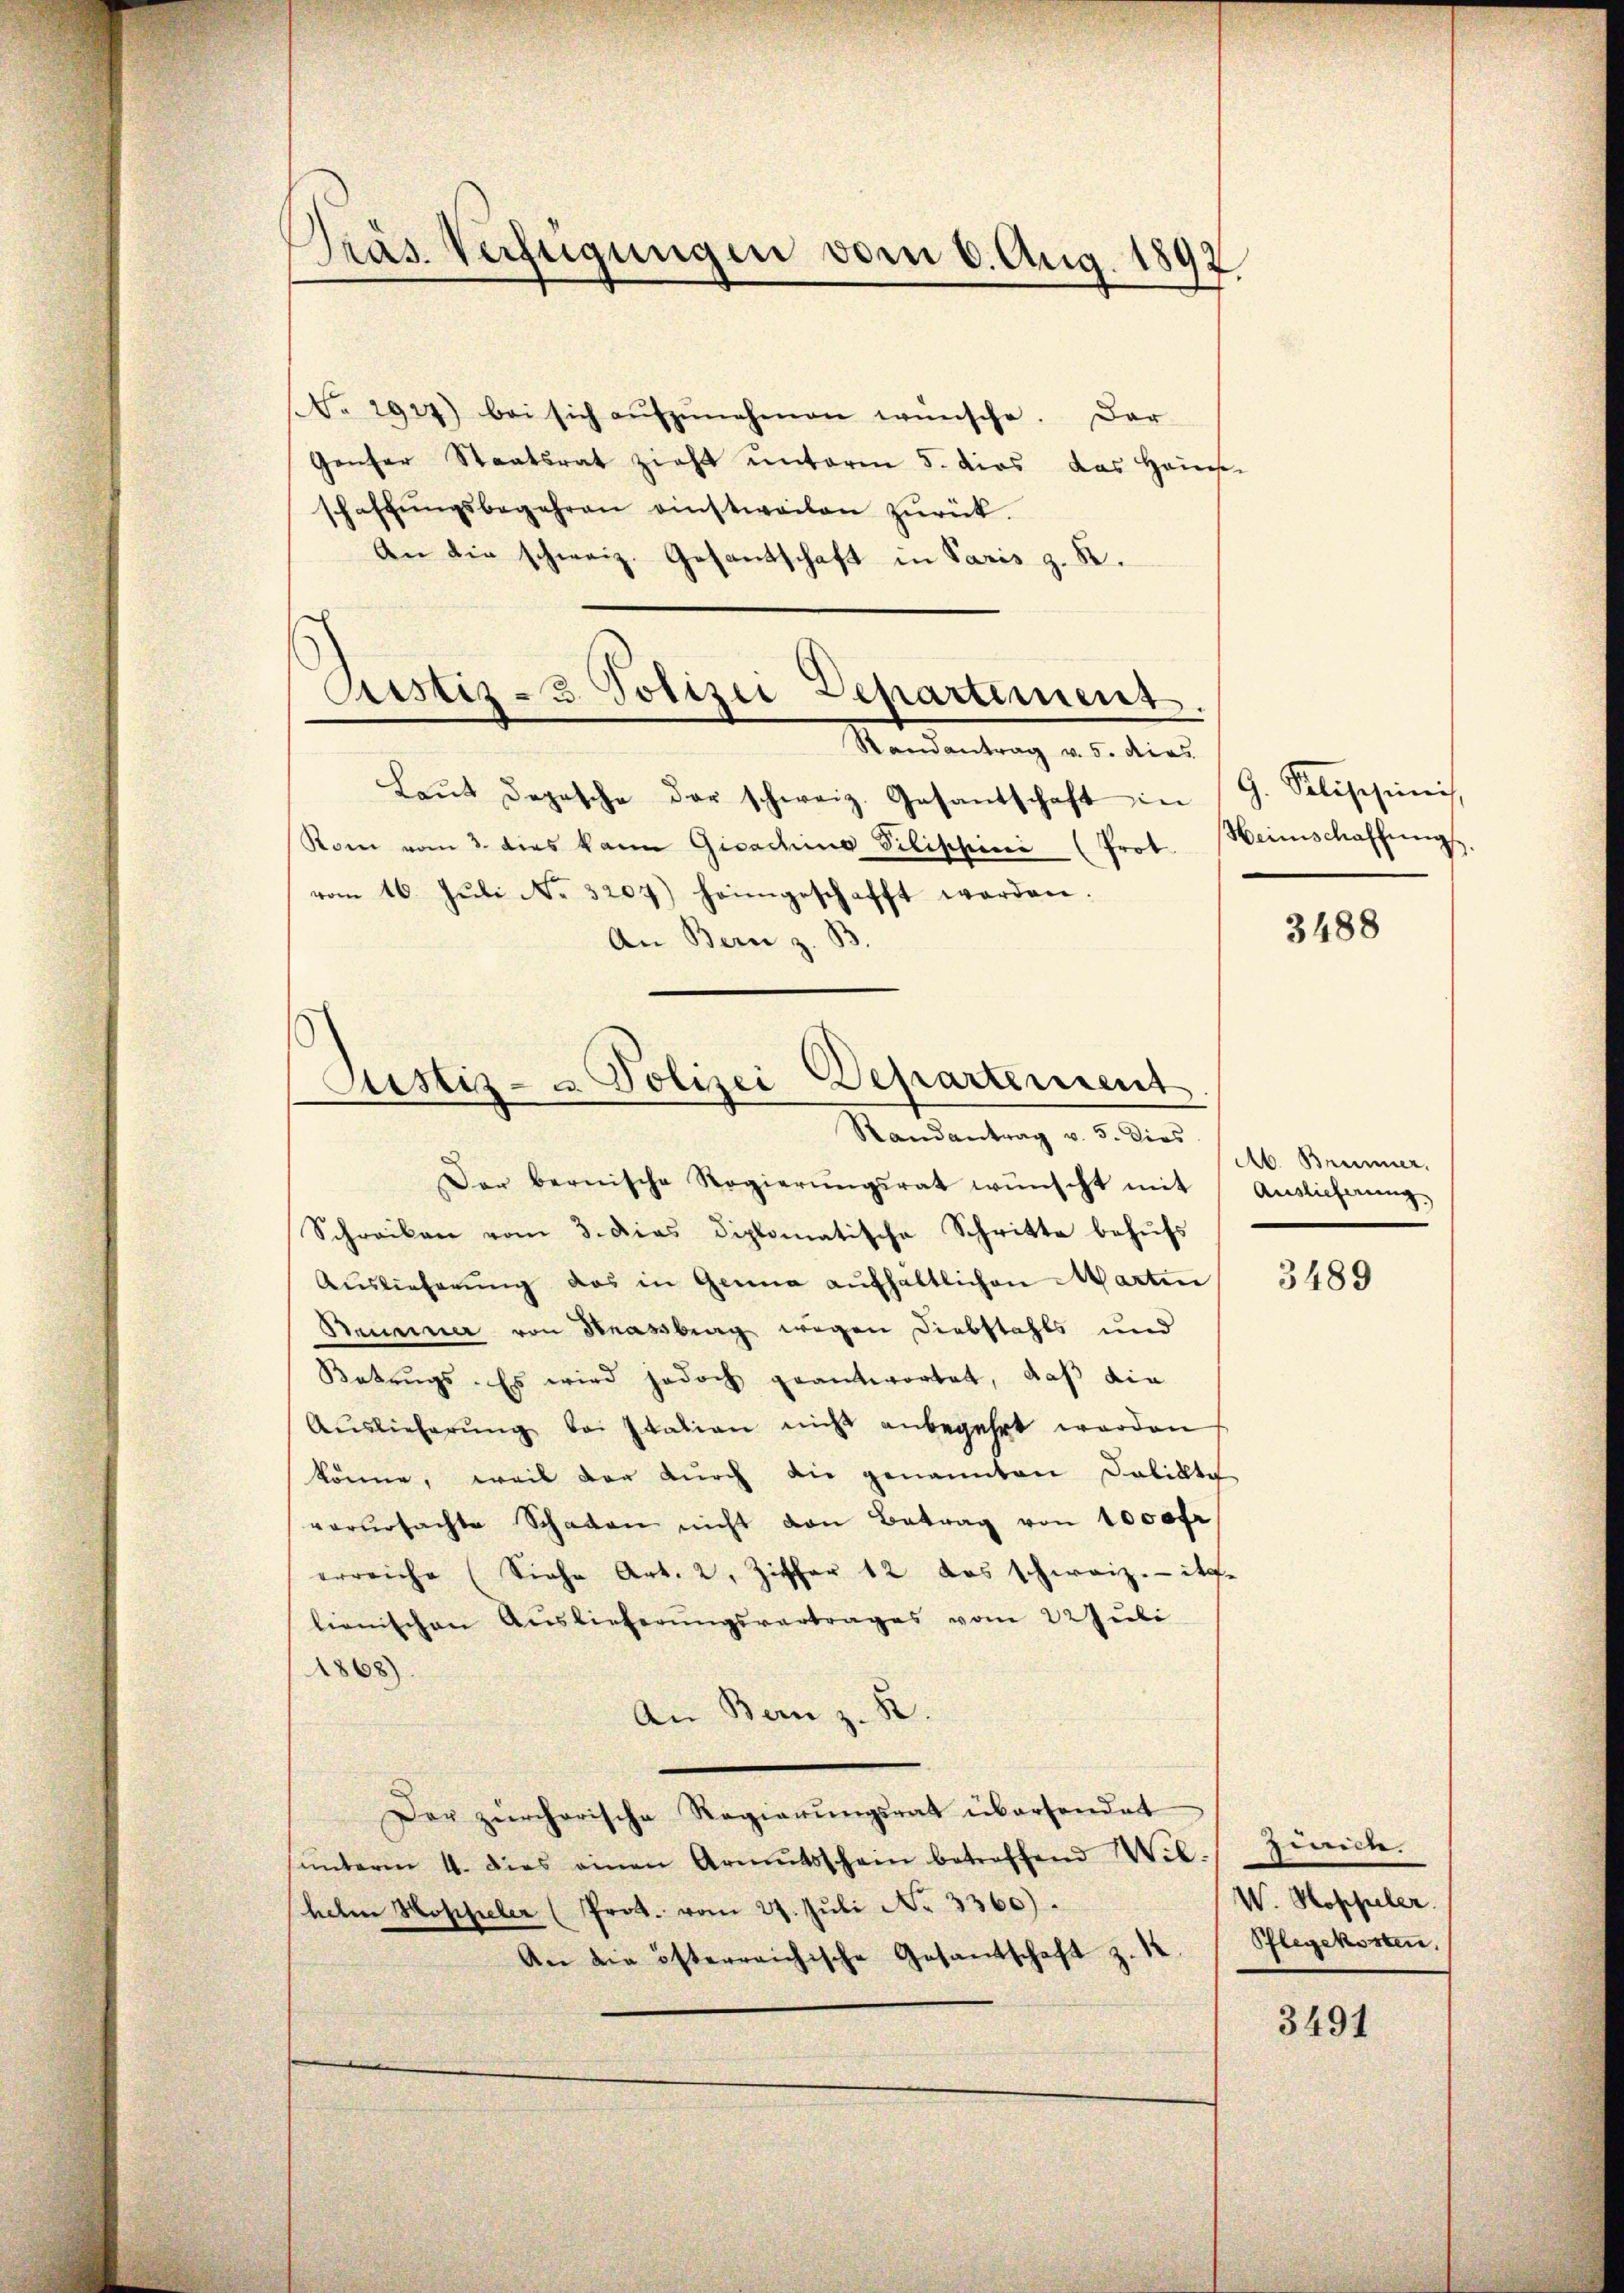
Präs. Verfügungen vom 6. Aug. 1892

NNo. 2927) bei sich aŭfzŭnehmen wünsche. Dar
Genser Staatsrat zieht unterm 5. dies das Hause
schaffŭngsbegehren einstweilen zŭrück.
An die schweiz. Gesantschaft in Paris z. B.

Cristiz-3 Polizei Departement.
Randantrag v. 5. dies

Laŭt depesche der schweiz. Gesantschaft in
Rom vom 3. dies kann Gisachino Vilischini (Prot. Heimschaffŭng,
vom 16. Jŭli No. 3207) heimgeschafft werden.
An Bern z. B.

Justiz- u. Polizei Departement
Randantrag v. 5. dies

Der bernische Regierŭngsrat wünscht mit Auslieferung
Schreiben vom 3. dies diplomatische Schritte behŭfs
Auslieferŭng das in Genua aŭfhaltlichen Marten
Seuminer von Strassberg wegen Diebstahls und
Kotrŭgs. Es wird jedoch geantwortet, daß die
Aŭslieferŭng bei station nicht anbegehrt werden
könne, weil der durch die genannten Delikte
verŭrsachte Schaten nicht von Betrag von 1000 fr
erreiche (Siehe Art. 2, Ziffer 12 das schweiz.- ite
lienischen Auslieferungsvertrages vom 22 Juli
1868)
An Bern z. B.
Der zürcherische Regierungsrat übersendet
ŭnterm 4. dies einen Armutsschein betreffend Wil. Zürich.
heten Hoppeler (Prot. vom 27. Jŭli No 3360).
An die österreichische Gesantschaft z. 12.

G. Salisipinis

3488

Ab. Brunner.

3489

W. Hoppeler.
Pflegekosten,

3491